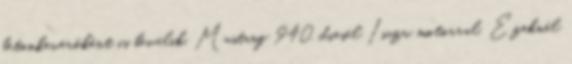
betonkeverőként is beválik. Mustang 940, diesel Isuzu motorral. Ezeknél